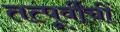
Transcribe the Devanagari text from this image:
तत्पूर्वींचीं